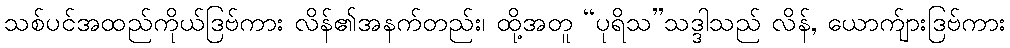
သစ်ပင်အထည်ကိုယ်ဒြဗ်ကား လိန်၏အနက်တည်း၊ ထို့အတူ “ပုရိသ”သဒ္ဒါသည် လိန်, ယောက်ျားဒြဗ်ကား